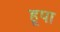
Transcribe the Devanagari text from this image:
हूपा